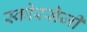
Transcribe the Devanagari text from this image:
स्कोरसेजी